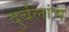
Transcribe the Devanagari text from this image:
दुर्बलांचे